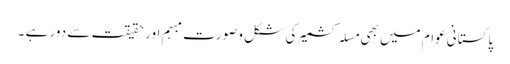
پاکستانی عوام میں بھی مسلہ کشمیر کی شکل و صورت مبہم اور حقیقت سے دور ہے ۔